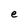
Character: e